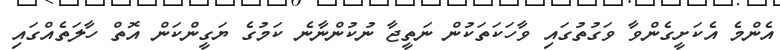
އެންމެ އެކަށީގެންވާ ވަގުތުގައި ވާހަކަތަކުން ނަތީޖާ ނުކުންނާނެ ކަމުގެ ޔަގީންކަން އޮތް ހާލަތެއްގައި